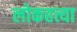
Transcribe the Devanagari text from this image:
लोकहत्त्या